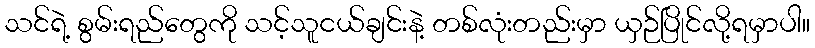
သင်ရဲ့ စွမ်းရည်တွေကို သင့်သူငယ်ချင်းနဲ့ တစ်လုံးတည်းမှာ ယှဉ်ပြိုင်လို့ရမှာပါ။